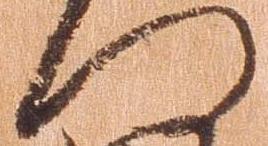
門